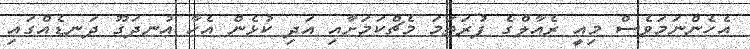
އެހެންނަމަވެސް މިއީ ރެއާލްގެ ފުރަތަމަ މެޗްކަމަށާއި އަދި ކުޅެން އެހާ އުނދަގޫ ދަނޑެއްގައި